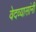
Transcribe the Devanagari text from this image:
वेदव्यासांनी